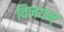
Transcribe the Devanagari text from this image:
विनयम्